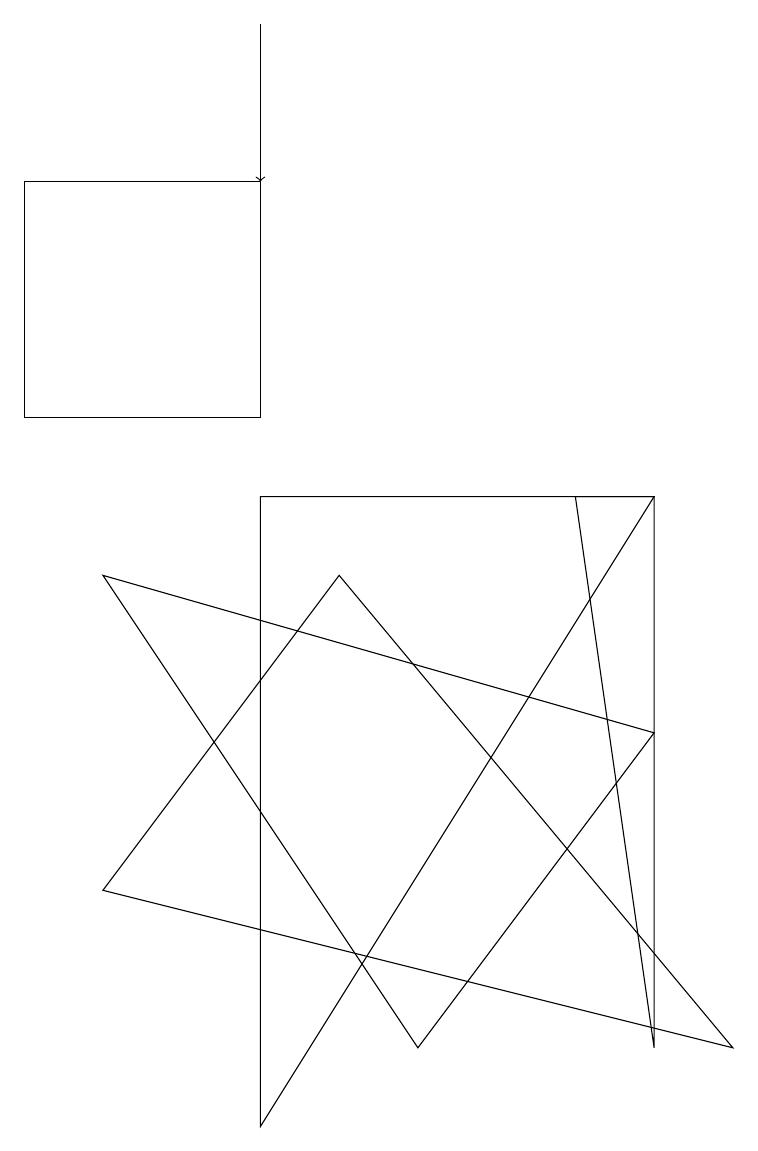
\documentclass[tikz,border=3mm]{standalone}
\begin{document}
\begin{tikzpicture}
\draw (3,10) rectangle (0,13);
\draw (1,4) -- (9,2) -- (4,8) -- cycle;
\draw (1,8) -- (8,6) -- (5,2) -- cycle;
\draw[->] (3,15) -- (3,13);
\draw (7,9) -- (8,2) -- (8,9) -- cycle;
\draw (8,9) -- (3,9) -- (3,1) -- cycle;
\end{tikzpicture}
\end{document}